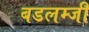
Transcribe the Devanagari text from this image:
बडलम्जी